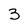
Character: 3